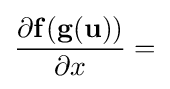
{\frac {\partial \mathbf {f} (\mathbf {g} (\mathbf {u} ))}{\partial x}}=